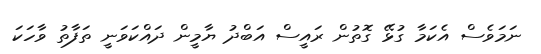
ނަމަވެސް އެކަމާ ގުޅޭ ގޮތުން ރައީސް އަބްދު ޔާމީން ދައްކަވަނީ ތަފާތު ވާހަކަ